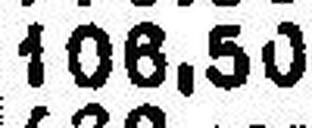
106.50